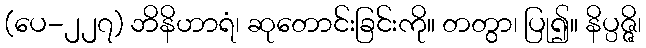
(ပေ-၂၂၇) ဘိနိဟာရံ၊ ဆုတောင်းခြင်းကို။ တတွာ၊ ပြု၍။ နိပ္ပဇ္ဇိ၊